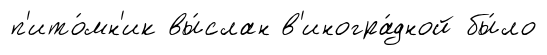
п'ито́мн'ик вы́слан в'иногра́дной бы́ло